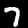
Digit: 7